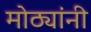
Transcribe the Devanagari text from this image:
मोठ्यांनी